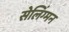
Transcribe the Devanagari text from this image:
सेलिंग्मन